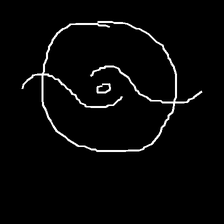
Glyph: repetition